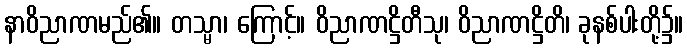
နာဝိညာဏမည်၏။ တသ္မာ၊ ကြောင့်။ ဝိညာဏဋ္ဌိတီသု၊ ဝိညာဏဋ္ဌိတိ၊ ခုနစ်ပါးတို့၌။